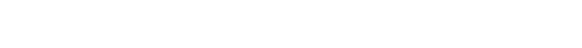
ပဌမတတိယာ ပဋိစ္စ ဒုတိယစတုတ္ထာ, ဒုတိယစတုတ္ထာ ပဋိစ္စ ပဌမတတိယာ,